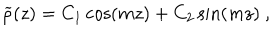
{ \widetilde \rho } ( z ) = C _ { 1 } \cos ( m z ) + C _ { 2 } \sin ( m z ) ~ ,